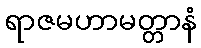
ရာဇမဟာမတ္တာနံ